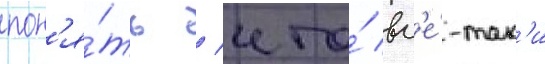
пон'я́ть / что́ вс'е́-так'и